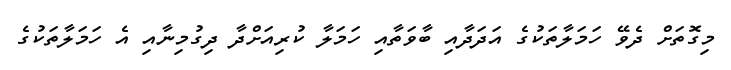
މިގޮތަށް ދެވޭ ހަމަލާތަކުގެ އަދަދާއި ބާވަތާއި ހަމަލާ ކުރިއަށްދާ ދިގުމިނާއި އެ ހަމަލާތަކުގެ